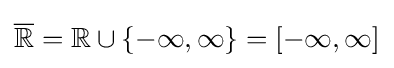
{\overline {\mathbb {R} }}=\mathbb {R} \cup \{-\infty ,\infty \}=[-\infty ,\infty ]